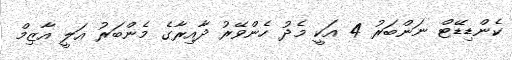
ކެންޑިޑޭޓް ނަންބަރު 4 އަކީ މެދު ހެންވޭރު ދާއިރާގެ މެންބަރު އަލީ އާޒިމް